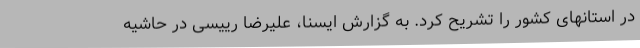
در استانهای کشور را تشریح کرد. به گزارش ایسنا، علیرضا رییسی در حاشیه